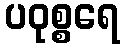
ပဝုစ္စရေ